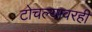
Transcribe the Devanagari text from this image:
टोचल्यावरही